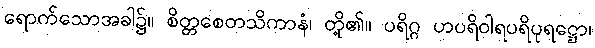
ရောက်သောအခါ၌။ စိတ္တစေတသိကာနံ၊ တို့၏။ ပရိဂ္ဂ ဟပရိဝါရပရိပုရဋ္ဌော၊